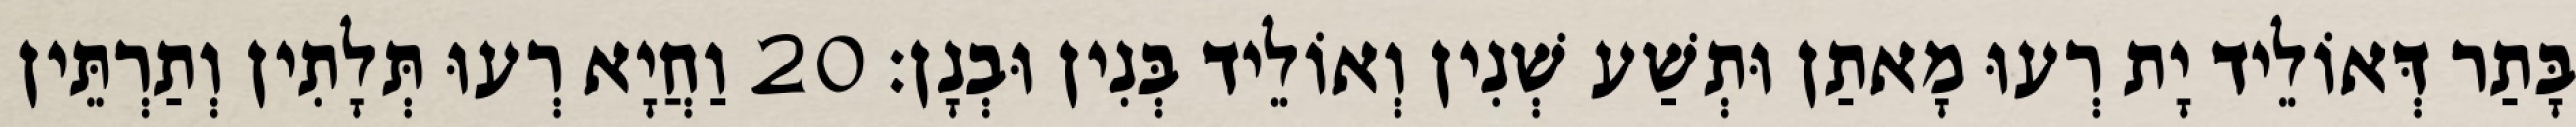
בָּתַר דְּאוֹלֵיד יָת רְעוּ מָאתַן וּתְשַׁע שְׁנִין וְאוֹלֵיד בְּנִין וּבְנָן׃ 20 וַחֲיָא רְעוּ תְּלָתִין וְתַרְתֵּין